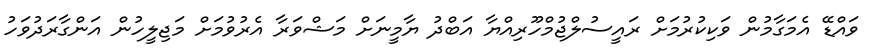
ވައްޑޭ އެމަގާމުން ވަކިކުރުމަށް ރައީސުލްޖުމްހޫރިއްޔާ އަބްދު ޔާމީނަށް މަޝްވަރާ އެރުވުމަށް މަޖިލީހުން އަންގާރަދުވަހު